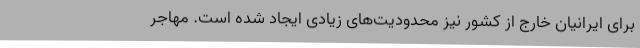
برای ایرانیان خارج از کشور نیز محدودیت‌های زیادی ایجاد شده است. مهاجر